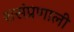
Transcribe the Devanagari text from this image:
शसंप्रणाली